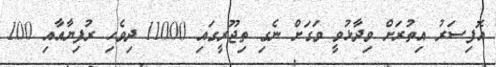
އޮފިސަރު އިތުރަށް ވިދާޅުވީ ވަގަށް ނެގި ތިޖޫރީގައި 11000 ދިވެހި ރުފިޔާއާއި 100